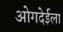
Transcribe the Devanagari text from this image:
ओगदेईला